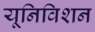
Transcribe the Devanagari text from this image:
यूनिविशन